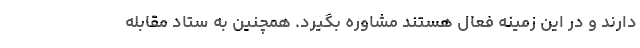
دارند و در این زمینه فعال هستند مشاوره بگیرد. همچنین به ستاد مقابله